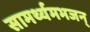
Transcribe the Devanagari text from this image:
सामर्थ्यमभजन्